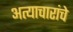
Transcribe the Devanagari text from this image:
अत्याचारांचे